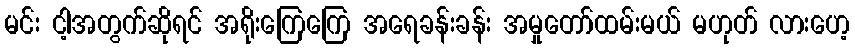
မင်း ငါ့အတွက်ဆိုရင် အရိုးကြေကြေ အရေခန်းခန်း အမှုတော်ထမ်းမယ် မဟုတ် လားဟေ့